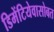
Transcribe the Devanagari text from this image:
डिमेंटियेवासोबत